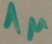
Text: 1µ